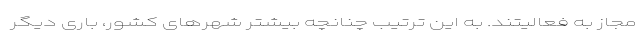
مجاز به فعالیتند. به این ترتیب چنانچه بیشتر شهرهای کشور، باری دیگر